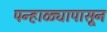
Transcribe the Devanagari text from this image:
पन्हाळ्यापासून